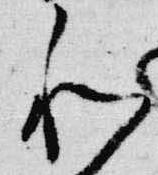
和